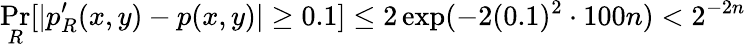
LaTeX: \operatorname*{Pr}_{R}[|p_{R}^{\prime}(x,y)-p(x,y)|\geq 0.1]\leq 2\exp(-2(0.1)^{2}\cdot 100n)<2^{-2n}